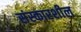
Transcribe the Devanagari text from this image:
संस्कारशील